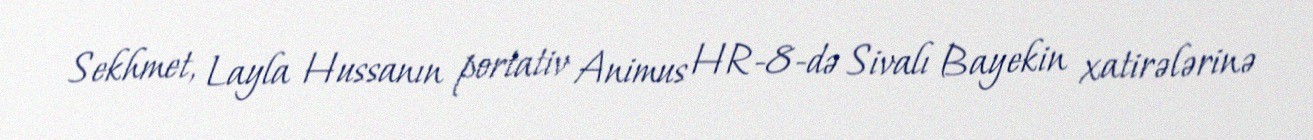
Sekhmet, Layla Hussanın portativ Animus HR-8-də Sivalı Bayekin xatirələrinə